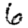
Digit: 6